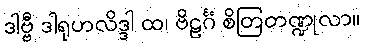
ဒါဗ္ဗီ ဒါရုဟလိဒ္ဒါ ထ၊ ဗိဠင်္ဂံ စိတြတဏ္ဍုလာ။